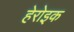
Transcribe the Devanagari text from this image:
हेरोइक